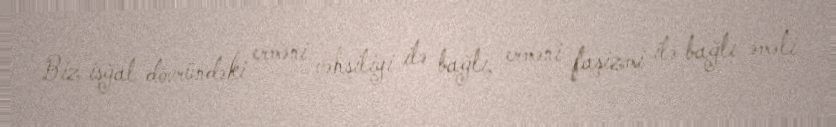
Biz işğal dövründəki erməni vəhşiliyi ilə bağlı, erməni faşizmi ilə bağlı əməli